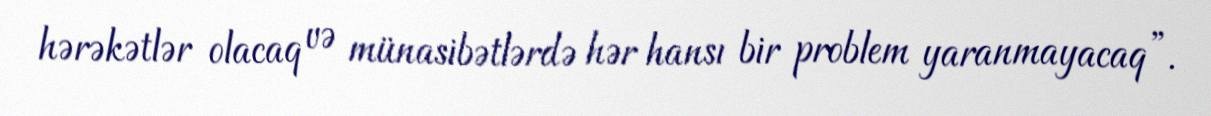
hərəkətlər olacaq və münasibətlərdə hər hansı bir problem yaranmayacaq”.